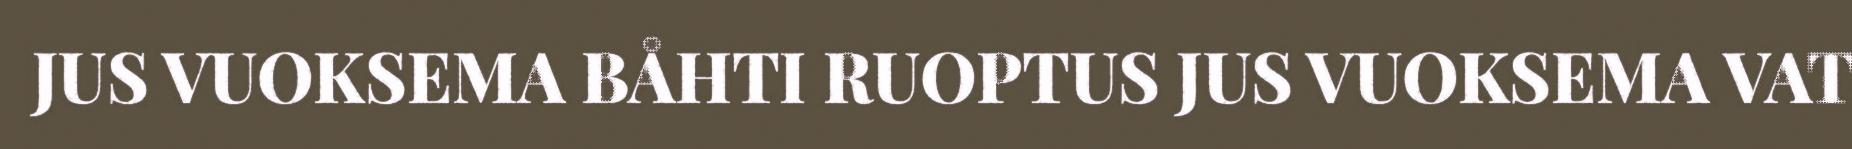
JUS VUOKSEMA BÅHTI RUOPTUS JUS VUOKSEMA VAT